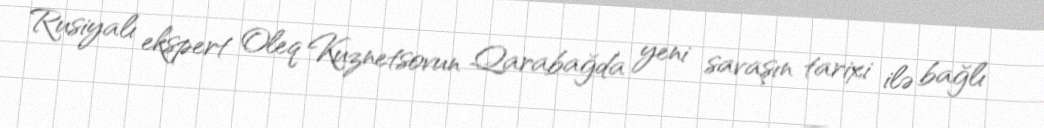
Rusiyalı ekspert Oleq Kuznetsovun Qarabağda yeni savaşın tarixi ilə bağlı